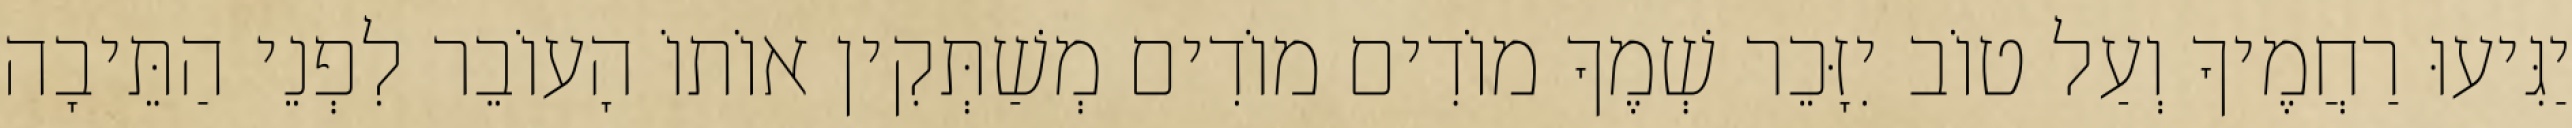
יַגִּיעוּ רַחֲמֶיךָ וְעַל טוֹב יִזָּכֵר שְׁמֶךָ מוֹדִים מוֹדִים מְשַׁתְּקִין אוֹתוֹ הָעוֹבֵר לִפְנֵי הַתֵּיבָה